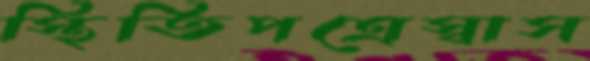
স্থিতিপত্রেস্বাস